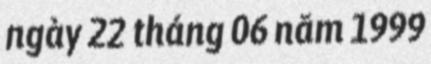
ngày 22 tháng 06 năm 1999